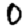
Digit: 0